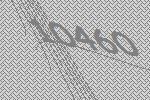
10460